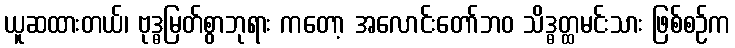
ယူဆထားတယ်၊ ဗုဒ္ဓမြတ်စွာဘုရား ကတော့ အလောင်းတော်ဘဝ သိဒ္ဓတ္ထမင်းသား ဖြစ်စဉ်က